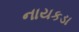
નાયકડા